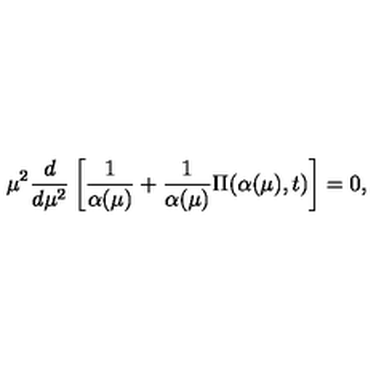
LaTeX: \mu ^ { 2 } \frac { d } { d \mu ^ { 2 } } \left[ \frac { 1 } { \alpha ( \mu ) } + \frac { 1 } { \alpha ( \mu ) } \Pi ( \alpha ( \mu ) , t ) \right] = 0 ,